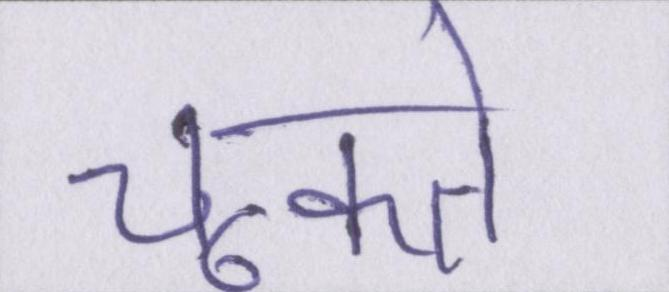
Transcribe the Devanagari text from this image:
चूकते